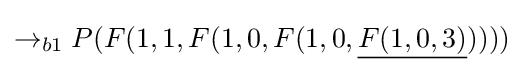
\rightarrow _{b1}P(F(1,1,F(1,0,F(1,0,{\underline {F(1,0,3)}}))))